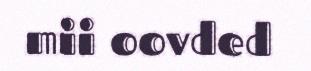
mii oovded